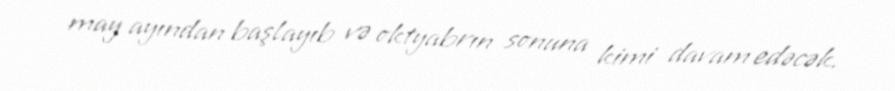
may ayından başlayıb və oktyabrın sonuna kimi davam edəcək.